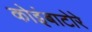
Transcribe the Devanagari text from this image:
कोइंबाटोरे